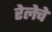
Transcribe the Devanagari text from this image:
रेलेचे